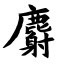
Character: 麝